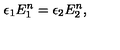
\epsilon _ { 1 } E _ { 1 } ^ { n } = \epsilon _ { 2 } E _ { 2 } ^ { n } ,